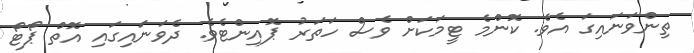
ތިންވަނައިގަ އެވެ. ކޮންމެ ޓީމަކަށް ވެސް ހަތަރު ޕޮއިންޓެވެ. ދެވަނައިގައި އޮތް ޕޯޓޯ